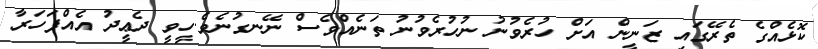
ކޮޅެއްގެ ތެރޭގައި ޒަނީން އަށް ހުރެވުނު ނުހުރެވުނު ތަނެއްވެސް ނޭނގުނެވެ.ހީވީ ދެޢީދު އެއްފަހަރާ